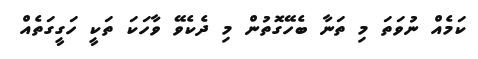
ކަމެއް ނުވަތަ މި ތަނާ ބެހޭގޮތުން މި ދެކެވޭ ވާހަކަ ތަކީ ހަގީގަތެއް